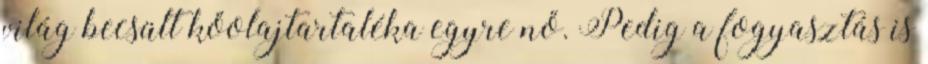
világ becsült kőolajtartaléka egyre nő. Pedig a fogyasztás is